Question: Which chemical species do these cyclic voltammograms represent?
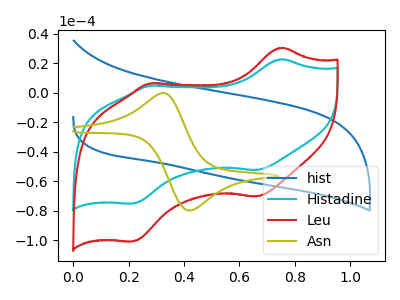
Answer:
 <answer>The blue curve is labeled "hist". The cyan curve is labeled "Histadine". The red curve is labeled "Leu". The olive curve is labeled "Asn".</answer>
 <eval></eval>